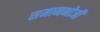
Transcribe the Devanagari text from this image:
समानभोजी